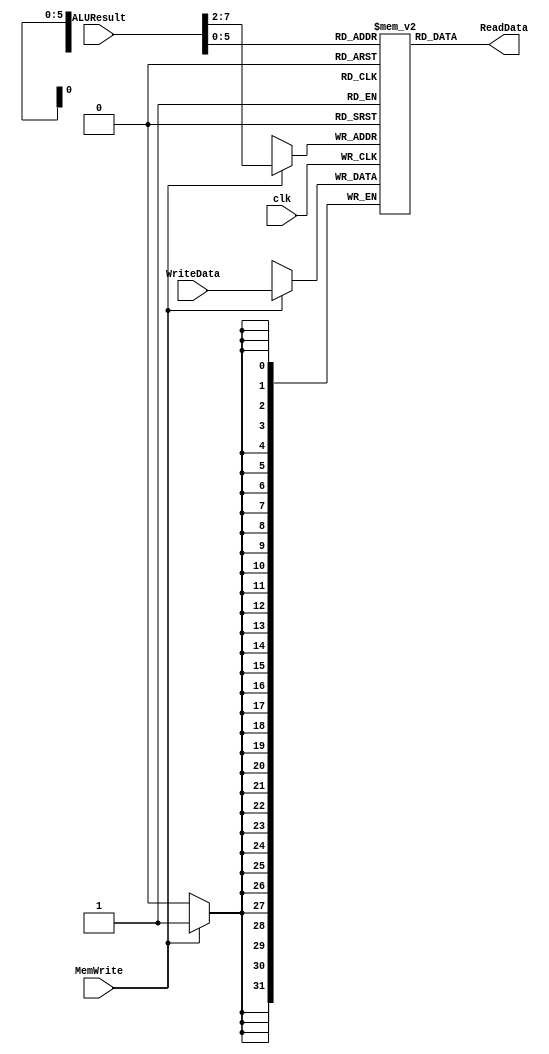
module Data_Memory (
    /*
     * MemWrite-> control signal that controls the write operation.
     */
    input MemWrite,clk,

    /*
     * ALUResult-> used here as the calculated address to determine the location in memory to be read or wriiten at.
     */
    input [31:0]ALUResult,

    /*Write and Read ports*/
    input [31:0]WriteData,
    output reg [31:0]ReadData
);

/*Create memory that has 64 entries; 32-bit wide each*/
    reg [31:0]DataMem[0:63];

/*Write synchronously and read asynchronously*/
    always @(posedge clk) begin
        if(MemWrite)
        DataMem[ALUResult[31:2]]<=WriteData;
    end
    always @(*) begin
        ReadData=DataMem[ALUResult];
    end
endmodule